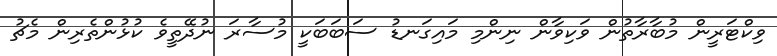
ވިކްޓަރީން މުބާރާތުން ވަކިވާން ނިންމި މައިގަނޑު ސަބަބަކީ މުސާރަ ނުދޭތީވެ ކުޅުންތެރިން މެޗު